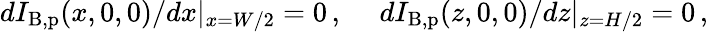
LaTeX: \begin{array}{r}{dI_{\mathrm{B,p}}(x,0,0)/dx\vert_{x=W/2}=0\, ,\ \ \ \ \ dI_{\mathrm{B,p}}(z,0,0)/dz\vert_{z=H/2}=0\, ,}\end{array}